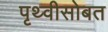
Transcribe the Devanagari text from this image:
पृथ्वीसोबत